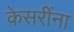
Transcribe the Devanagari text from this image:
केसरींना